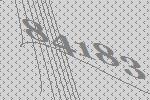
84183